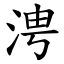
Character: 涄